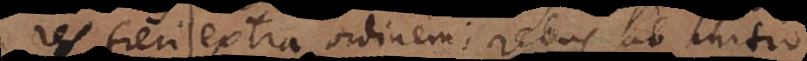
res fieri extra ordinem; rebus ab initio